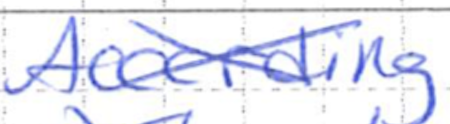
Text: According
Cross-out: cross
Writing tool: ballpoint